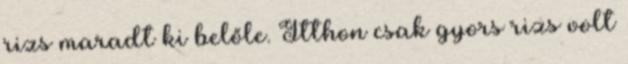
rizs maradt ki belőle. Itthon csak gyors rizs volt